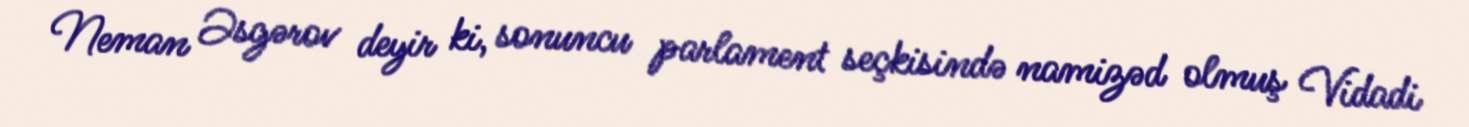
Neman Əsgərov deyir ki, sonuncu parlament seçkisində namizəd olmuş Vidadi